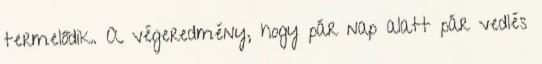
termelődik. A végeredmény, hogy pár nap alatt pár vedlés